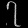
Digit: ၇